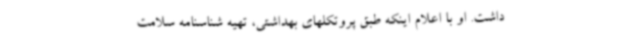
داشت. او با اعلام اینکه طبق پروتکلهای بهداشتی، تهیه شناسنامه سلامت